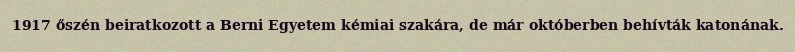
1917 őszén beiratkozott a Berni Egyetem kémiai szakára, de már októberben behívták katonának.